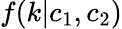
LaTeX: f(k|c_{1},c_{2})